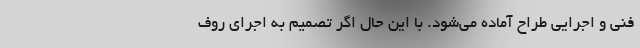
فنی و اجرایی طراح آماده می‌شود. با این حال اگر تصمیم به اجرای روف